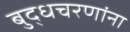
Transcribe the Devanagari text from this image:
बुद्धचरणांना